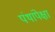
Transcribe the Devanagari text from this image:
पंथांपेक्षा